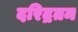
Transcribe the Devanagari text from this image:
दरिद्रतम